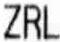
ZRL